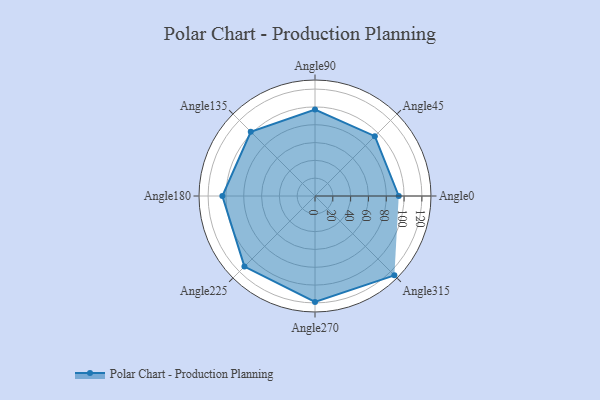
{"axis": {"x": "Angle", "y": "Radius"}, "legend": [""], "data": [{"x": "Angle0", "y": 94.0, "type": ""}, {"x": "Angle45", "y": 95.0, "type": ""}, {"x": "Angle90", "y": 97.0, "type": ""}, {"x": "Angle135", "y": 102.0, "type": ""}, {"x": "Angle180", "y": 104.0, "type": ""}, {"x": "Angle225", "y": 112.0, "type": ""}, {"x": "Angle270", "y": 119.0, "type": ""}, {"x": "Angle315", "y": 126.0, "type": ""}]}